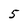
Character: 5